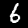
Label: 6